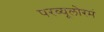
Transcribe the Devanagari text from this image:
परव्यूलोरमं